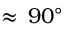
\approx \, 9 0 ^ { \circ }